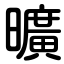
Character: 曠